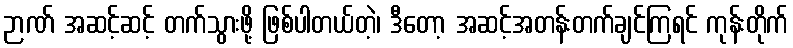
ဉာဏ် အဆင့်ဆင့် တက်သွားဖို့ ဖြစ်ပါတယ်တဲ့၊ ဒီတော့ အဆင့်အတန်းတက်ချင်ကြရင် ကုန်းတိုက်